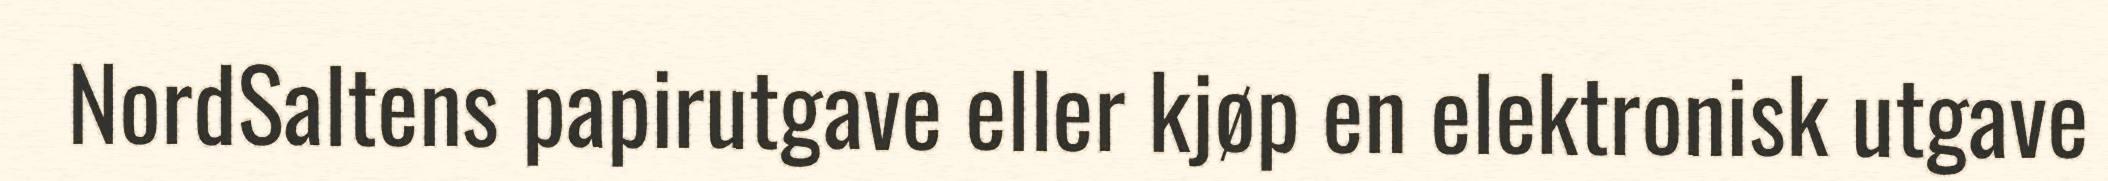
NordSaltens papirutgave eller kjøp en elektronisk utgave